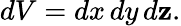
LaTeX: dV=dx\, dy\, d\mathbf{z}.